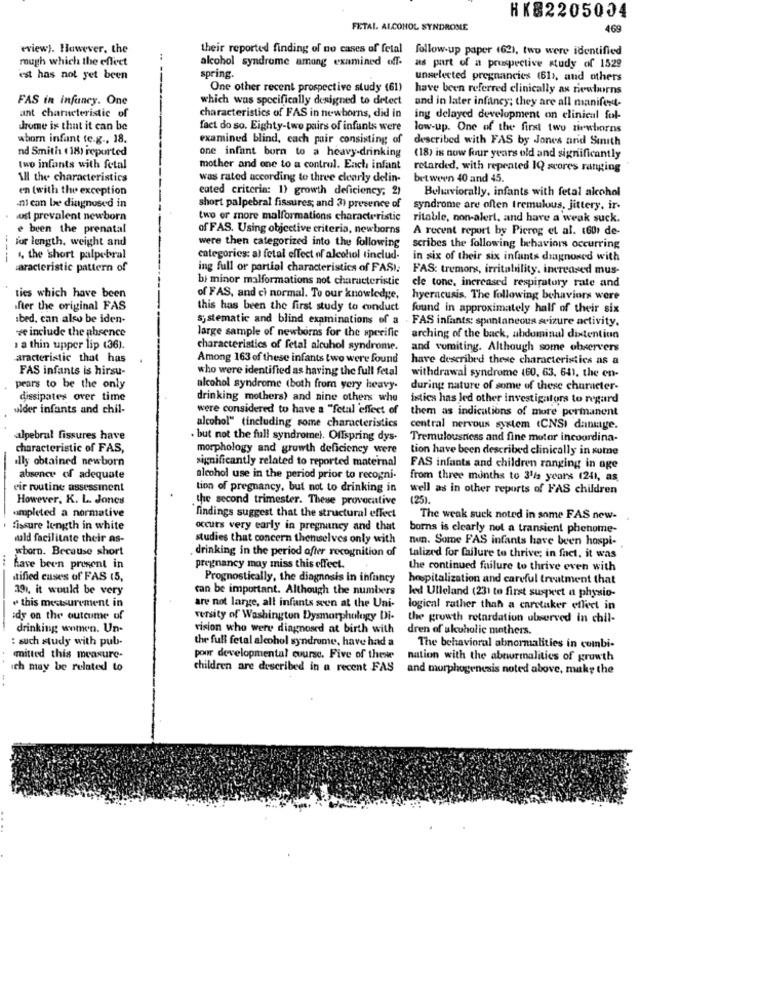
HK82205004
FETAL ALCOHOL SYNDROME
469
wview). However, the
their reported finding of no cases of fetal follow-up paper (62), two were identified
rough which the effect
:
alcohol syndrome among examined off.
as part of a prospective study of 1529
est has not yet been
spring.
unselected pregnancies (61), and others
One other recent prospective study (61)
have been referred clinically as newborns
FAS in infancy. One
which was specifically designed to detect
and in later infancy; they are all manifest-
ant characteristic of
characteristics of FAS in newborns, did in
ing delayed development on clinical fol-
chrome is that it can be
fact do so. Eighty-two pairs of infants were
low-up. One of the first two niewborns
whorn infant te.g ., 18.
examined blind, cach pair consisting of
described with FAS by Jones and Smith
nd Smith (18) reported
one infant born to a heavy-drinking
(18) is now four years old and significantly
tuo infants with fetal
mother and one to a control. Each infant
retarded, with repeated IQ scores ranging
All the characteristics
was rated according to three clearly delin-
between 40 and 45.
en (with the exception
euted criteria: 1) growth deficiency; 2)
Behaviorally, infants with fetal alcohol
ni can be diagnosed in
short palpebral fissures; and 3) presence of
syndrome are often tremulous, Jittery, ir-
wod prevalent newborn
two or more malformations characteristic
ritable, non-alert, and have a weak suck.
e been the prenatal
of FAS. Using objective criteria, newborns
A recent report by Picreg et al. (601 de-
four length. weight and
were then categorized into the following
scribes the following behaviors occurring
-----
4, the short palpebral
categories: al fetal effect of alcohol tinclud-
in six of their six infants diagnosed with
aracteristic pattern of
ing full or partial characteristics of FASI:
FAS: tremors, irritability. increased mus-
bi minor malformations not characteristic
cle tone, increased respiratory rate and
ties which have been
of FAS, and ci normal. To our knowledge,
hyeracusis. The following behaviors were
after the original FAS
this has been the first study to conduct
found in approximately half of their six
ibed, can also be iden-
systematic and blind examinations of a
. FAS infants: spontaneous seizure activity.
#e include the absence
large sample of newborns for the specific
arching of the back, abdominal dixtention
: a thin upper lip (36).
characteristics of fetal alcuhol syndrome.
and vomiting. Although some observers
aracteristic that has
Among 163 of these infants two were found
have described these characteristics as a
FAS infants is hirsu-
who were identified as having the full fetal
withdrawal syndrome (60, 63. 641, the en-
pears to be the only
alcohol syndrome (both from yery heavy-
during nature of some of these character-
dissipates over time
drinking mothers) and nine others who
istics has led other investigators to regard
ulder infants and chil-
were considered to have a "fetal effect of
them as indications of more permanent
alcohol" (including some characteristics
central nervous system (CNSI dansage.
alpebral fissures have
. but not the full syndrome). Offspring dys-
Tremulousness and fine motor incoordina-
characteristic of FAS,
morphology and growth deficiency were
tion have been described clinically in some
illy obtained newborn
significantly related to reported maternal
FAS infants and children ranging in oge
absence of adequate
alcohol use in the period prior to recogni-
from three months to 31/2 years 1241, as
eir routine assessinent
tion of pregnancy, but not to drinking in
well as in other reports of FAS children
However, K. L. Jones
the second trimester. These provocative
(25) .
ompleted a normative
findings suggest that the structural effect
The weak suck noted in some FAS new-
fissure length in white
occurs very early in pregnancy and that
borns is clearly not a transient phenome-
fuld facilitate their as-
studies that concern themselves only with
nun. Some FAS infants have been hospi-
wborn. Because short
. drinking in the period after recognition of
talized for failure to thrive; in fact, it was
have been present in
pregnancy may miss this effect.
the continued failure to thrive even with
tified cuses of FAS 15,
Prognostically, the diagnosis in infancy
hospitalization and careful treatment that
391, it would be very
can be important. Although the numbers
kedd Ulleland (23) to first suspect a physio-
this measurement in
are not large, all infants scen at the Uni-
logical rather than a caretaker effect in
idy on the outcome of
vensity of Washington Dysmorphology Di-
the growth retardation observed in chil-
drinking women. Un-
vision who were diagnosed at birth with
dren of alcoholic mothers.
: such study with pub-
the full fetal alcohol syndrome, have had a
The behavioral abnormalities in combi-
mitted this measure-
pour developmental course. Five of these
nation with the abnormalities of growth
ich may be related to
children are described in a recent FAS
and morphogenesis noted above, maky the